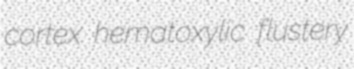
cortex hematoxylic flustery